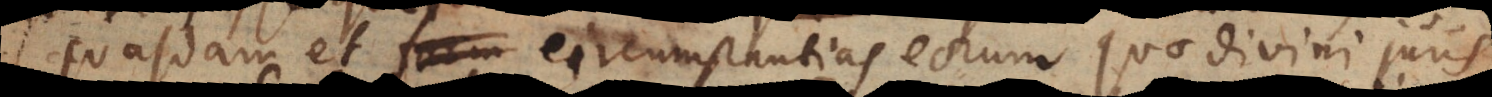
quasdam et circumstantias eorum quae divini juris